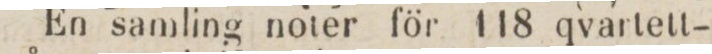
En samling noter för 118 qvartett-